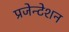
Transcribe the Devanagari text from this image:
प्रजेन्टेशन